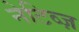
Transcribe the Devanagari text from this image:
नेटिव्ज़